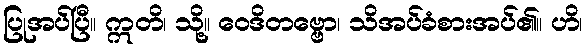
ပြုအပ်ပြီ။ ဣတိ၊ သို့။ ဝေဒိတဗ္ဗော၊ သိအပ်ခံစားအပ်၏။ ဟိ၊